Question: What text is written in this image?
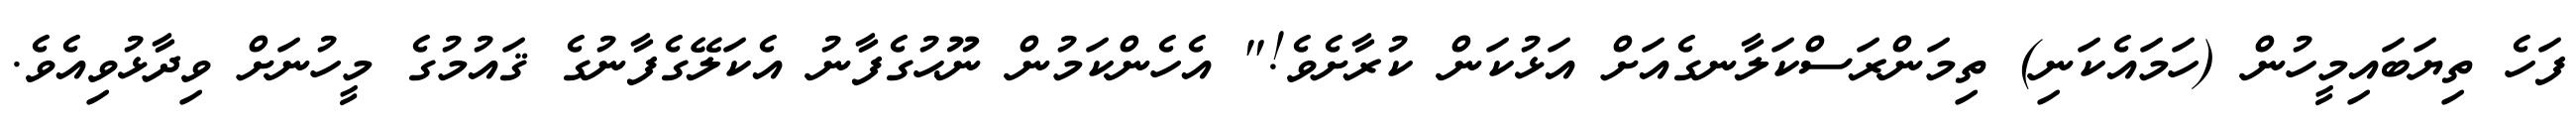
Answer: ފަހެ ތިޔަބައިމީހުން (ހަމައެކަނި) ތިމަންރަސްކަލާނގެއަށް އަޅުކަން ކުރާށެވެ!" އެހެންކަމުން ނޫޙުގެފާނު އެކަލޭގެފާނުގެ ޤައުމުގެ މީހުނަށް ވިދާޅުވިއެވެ.